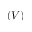
( V )